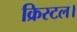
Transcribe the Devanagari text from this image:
क्रिस्टल।